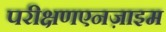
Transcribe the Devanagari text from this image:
परीक्षणएनज़ाइम